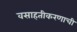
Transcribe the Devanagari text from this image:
वसाहतीकरणाची